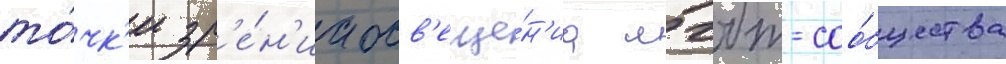
то́чк'и зр'е́н'иа осв'еще́н'иа лгбт-соо́бщества